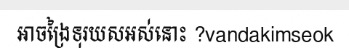
អាចង្រៃទុរយសអស់នោះ ?vandakimseok